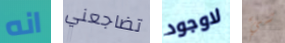
انه تضاجعني لاوجود شيء